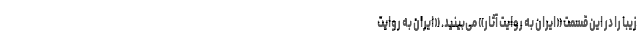
زیبا را در این قسمت «ایران به روایت آثار» می‌بینید. «ایران به روایت